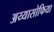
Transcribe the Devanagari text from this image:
अय्यासोफिया